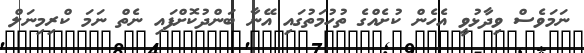
ނަމަވެސް ވިދާޅުވީ އެހެން ކުށެއްގެ ތުހުމަތުގައި އޭނާ ބަންދުކޮށްފައި ނެތް ނަމަ ކްރިމިނަލް